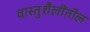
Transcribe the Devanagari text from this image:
वास्तुशैलींतील